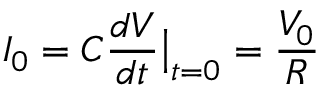
I _ { 0 } = C \frac { d V } { d t } \big | _ { t = 0 } = \frac { V _ { 0 } } { R }